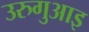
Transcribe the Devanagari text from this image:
उरुगुआइ